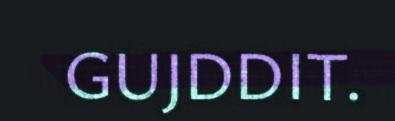
GUJDDIT.